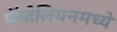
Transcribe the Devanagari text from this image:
पॅव्हेलियनमध्ये